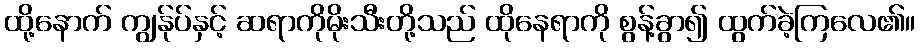
ထို့နောက် ကျွန်ုပ်နှင့် ဆရာကိုမိုးသီးတို့သည် ထိုနေရာကို စွန့်ခွာ၍ ထွက်ခဲ့ကြလေ၏။